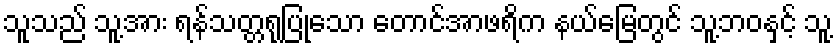
သူသည် သူ့အား ရန်သတ္တရုပြုသော တောင်အာဖရိက နယ်မြေတွင် သူ့ဘဝနှင့် သူ့